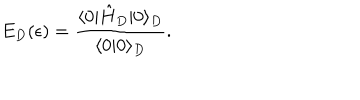
E _ { D } ( \epsilon ) = { \frac { \langle 0 | \hat { H } _ { D } | 0 \rangle _ { D } } { \langle 0 | 0 \rangle _ { D } } } .